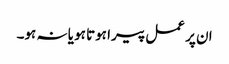
ان پر عمل پیرا ہوتا ہو یا نہ ہو۔